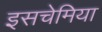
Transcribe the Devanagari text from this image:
इसचेमिया